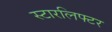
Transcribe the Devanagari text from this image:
स्टारलिफ्टर